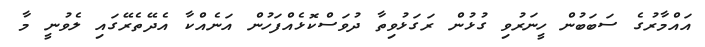
އައްމާރުގެ ސަބަބުން ހީނަރުވި ގުޅުން ރަގަޅުވިތާ ދުވަސްކޮޅެއްފަހުން އަނެއްކާ އެދޭތެރޭގައި ލެވުނީ މާ